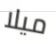
ميلا